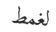
لغمط